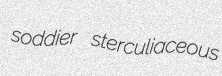
soddier sterculiaceous